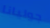
جوليانا